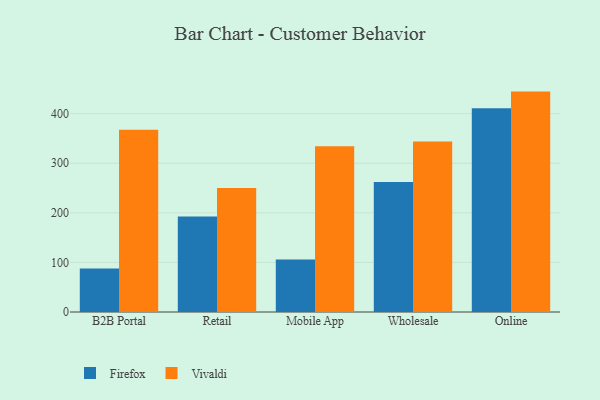
{"axis": {"x": "Channel", "y": "Backlog"}, "legend": ["Firefox", "Vivaldi"], "data": [{"x": "B2B Portal", "y": 87.6, "type": "Firefox"}, {"x": "B2B Portal", "y": 367.7, "type": "Vivaldi"}, {"x": "Retail", "y": 192.4, "type": "Firefox"}, {"x": "Retail", "y": 249.9, "type": "Vivaldi"}, {"x": "Mobile App", "y": 105.8, "type": "Firefox"}, {"x": "Mobile App", "y": 334.1, "type": "Vivaldi"}, {"x": "Wholesale", "y": 262.2, "type": "Firefox"}, {"x": "Wholesale", "y": 344.0, "type": "Vivaldi"}, {"x": "Online", "y": 410.8, "type": "Firefox"}, {"x": "Online", "y": 444.4, "type": "Vivaldi"}]}